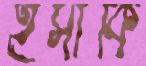
ইসাকি